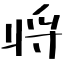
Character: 将